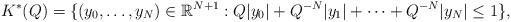
LaTeX: \begin{align*}K^{\ast}(Q)=\{ (y_{0},\ldots,y_{N})\in\mathbb{R}^{N+1}: Q\vert y_{0}\vert+Q^{-N}\vert y_{1}\vert+\cdots+Q^{-N}\vert y_{N}\vert \leq 1\},\end{align*}